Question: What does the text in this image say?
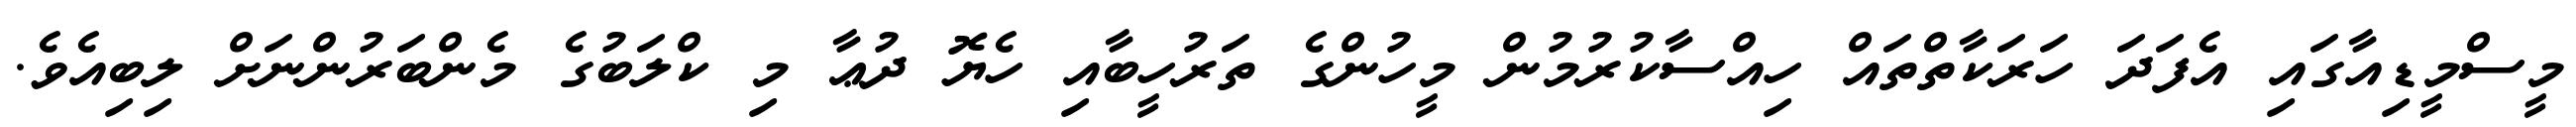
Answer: މީސްމީޑިއާގައި އެފަދަ ހަރަކާތްތައް ހިއްސާކުރުމުން މީހުންގެ ތަރުހީބާއި ހެޔޮ ދުޢާ މި ކްލަބުގެ މެންބަރުންނަށް ލިބިއެވެ.